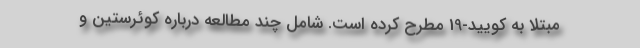
مبتلا به کویید-19 مطرح کرده است. شامل چند مطالعه درباره کوئرستین و